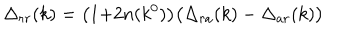
\Delta _ { r r } ( k ) = \bigl ( 1 { + } 2 n ( k ^ { 0 } ) \bigr ) \bigl ( \Delta _ { r a } ( k ) - \Delta _ { a r } ( k ) \bigr )